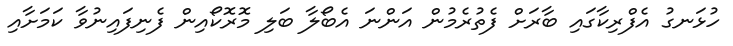
ހުޅަނގު އެފްރިކާގައި ބާރަށް ފެތުރެމުން އަންނަ އެބޯލާ ބަލި މޮރޮކޯއިން ފެނިފައިނުވާ ކަމަށާއި